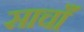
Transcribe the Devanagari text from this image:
साचाँ